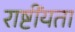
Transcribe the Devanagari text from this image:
राष्टींयता